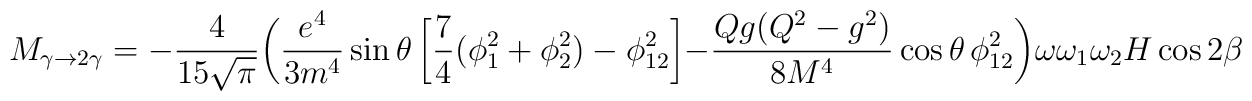
M_{\gamma\to2\gamma} = -\frac{4}{15\sqrt{\pi}}\biggl( \frac{e^4}{3 m^4} \sin \theta\left[\frac{7}{4} (\phi_1^2 + \phi_2^2) - \phi_{12}^2\right]-\frac{Qg (Q^2 - g^2)}{8 M^4} \cos \theta\,\phi _{12}^2 \biggr) \omega \omega_1 \omega _2  H \cos 2 \beta